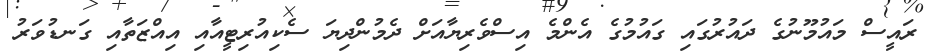
ރައީސް މައުމޫނުގެ ދައުރުގައި ގައުމުގެ އެންމެ އިސްވެރިޔާއަށް ދެމުންދިޔަ ސެކިއުރިޓީއާއި އިއްޒަތާއި ގަނޑުވަރު